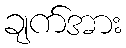
ချက်အား